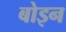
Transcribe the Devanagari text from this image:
बोइन